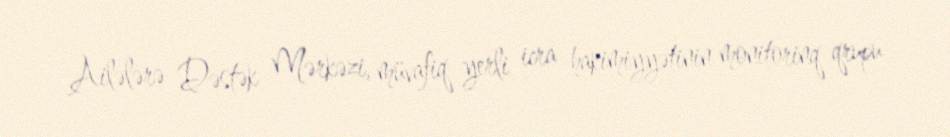
Ailələrə Dəstək Mərkəzi, müvafiq yerli icra hakimiyyətinin monitorinq qrupu